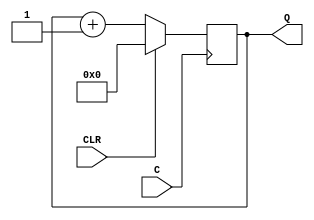
`timescale 1ns / 1ps
//////////////////////////////////////////////////////////////////////////////////
// Company: 
// Engineer: 
// 
// Design Name: 
// Module Name:    counter_2 
// Project Name: 
// Target Devices: 
// Tool versions: 
// Description: 
//
// Dependencies: 
//
// Revision: 
// Revision 0.01 - File Created
// Additional Comments: 
//
//////////////////////////////////////////////////////////////////////////////////
module counter_2(input C, CLR, output reg [3:0] Q);
always @(posedge C)
begin
if (CLR)
Q <= 4'b0000;
else
Q <= Q + 1'b1;
end
endmodule